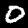
Digit: 0